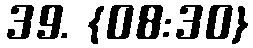
39. {08:30}